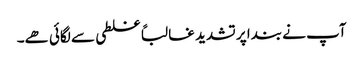
آپ نے بندا پر تشدید غالباً غلطی سے لگائی ھے۔